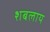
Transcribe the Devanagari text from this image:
शबलाय